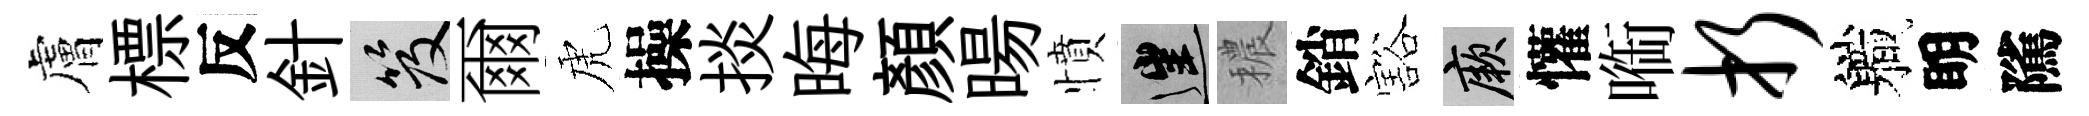
膚標反針笈爾虎操掞晦顏暘憤往穠銷豁厥懽㗸折軄眀隲